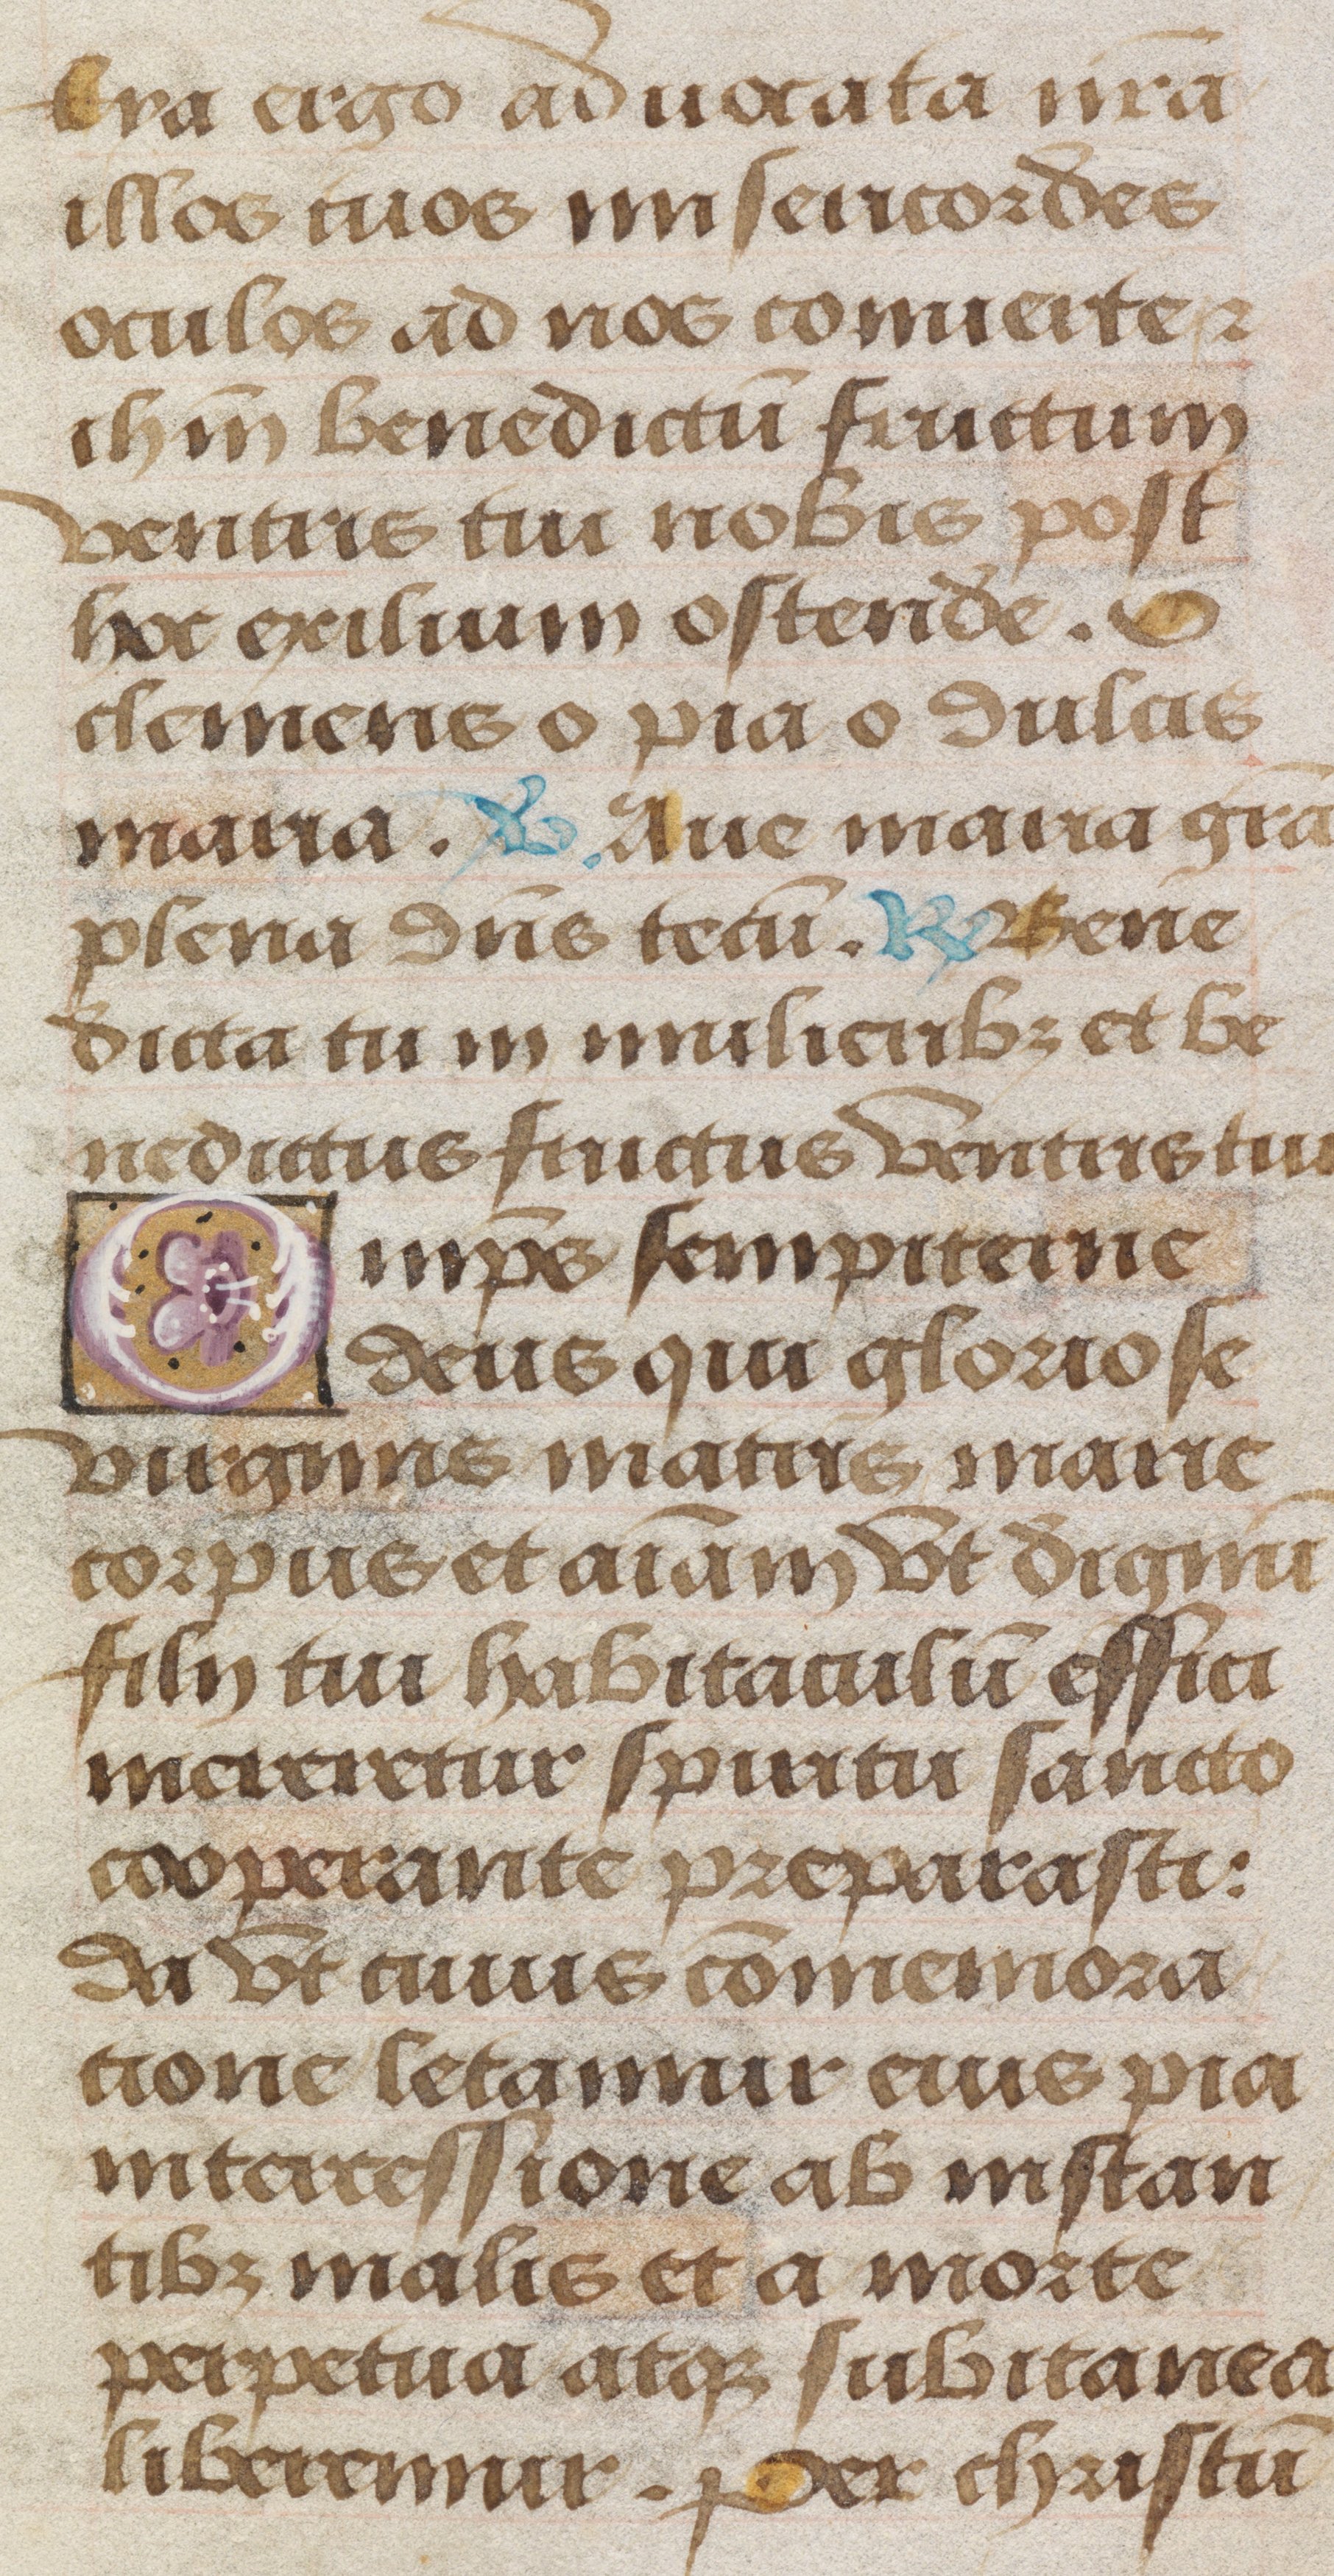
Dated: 1485–1515